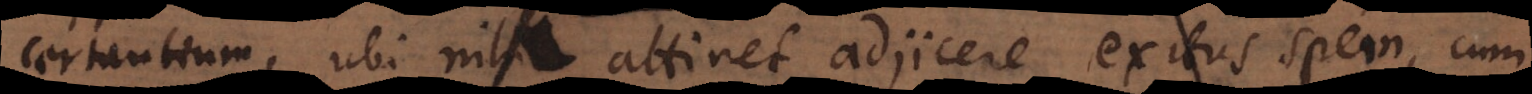
certantium, ubi nihil attinet adjicere exitus spem, cum